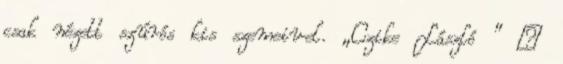
csak nézett szúrós kis szemeivel. „Czike László ” –